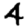
Digit: 4